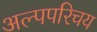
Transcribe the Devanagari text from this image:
अल्पपरिचय